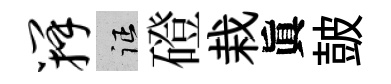
瓣征磴栽眞皷